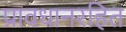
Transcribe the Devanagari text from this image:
प्रावधानरहित